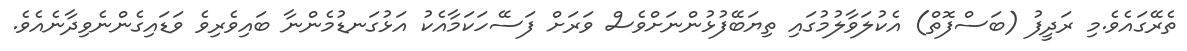
ތެރޭގައެވެ.މި ރަދީފު (ބަސްފޮތް) އެކުލަވާލުމުގައި ތިޔަބޭފުޅުންނަށްވެސް ވަރަށް ފަސޭހަކަމާއެކު އަޅުގަނޑުމެންނާ ބައިވެރިވެ ވަޑައިގެންނެވިދާނެއެވެ.